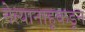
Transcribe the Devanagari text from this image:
नेत्यानाहूकडून